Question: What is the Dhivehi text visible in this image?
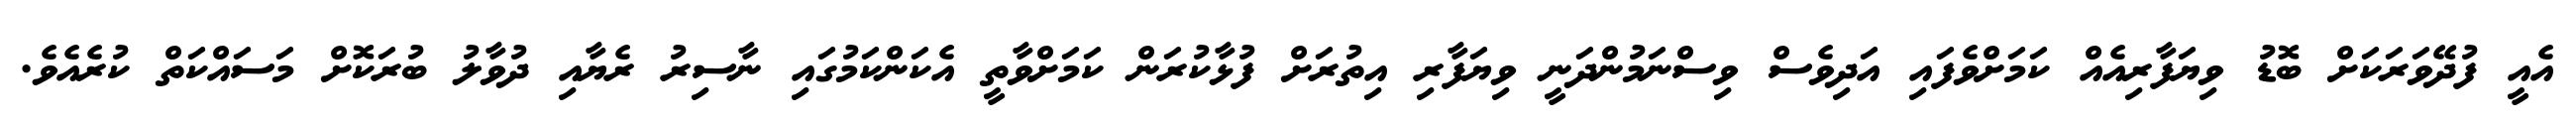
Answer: އެއީ ފުދޭވަރަކަށް ބޮޑު ވިޔަފާރިއެއް ކަމަށްވެފައި އަދިވެސް ވިސްނަމުންދަނީ ވިޔަފާރި އިތުރަށް ފުޅާކުރަން ކަމަށްވާތީ އެކަންކަމުގައި ނާސިރު ރެޔާއި ދުވާލު ބުރަކޮށް މަސައްކަތް ކުރެއެވެ.